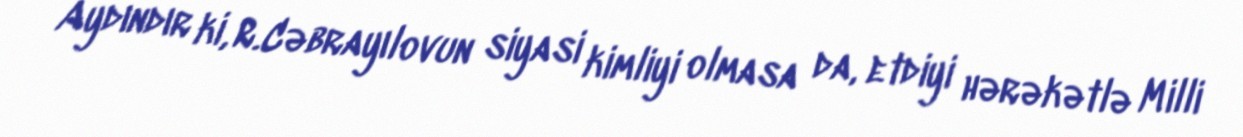
Aydındır ki, R.Cəbrayılovun siyasi kimliyi olmasa da, etdiyi hərəkətlə Milli